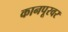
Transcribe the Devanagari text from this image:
कानपूरवर